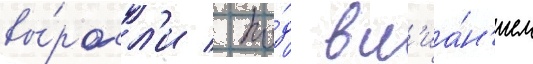
вы́росл'и / по́д вл'иа́н'ием